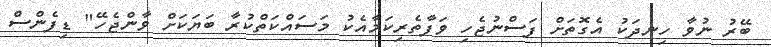
ބޭރު ނުވާ ހިނދަކު އެގޮތަށް ފަސްނުޖެހި ވަފާތެރިކަމާއެކު މަސައްކަތްކުރާ ބަޔަކަށް ވާންޖެހޭ" ޑިފެންސް